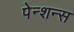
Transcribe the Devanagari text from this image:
पेन्शन्स